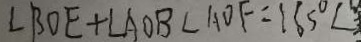
\angle B O E + \angle A O B \angle A O F = 1 8 5 ^ { \circ } \angle